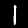
Digit: 1